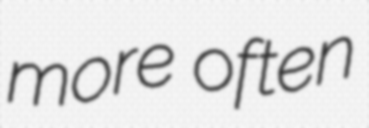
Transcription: more often